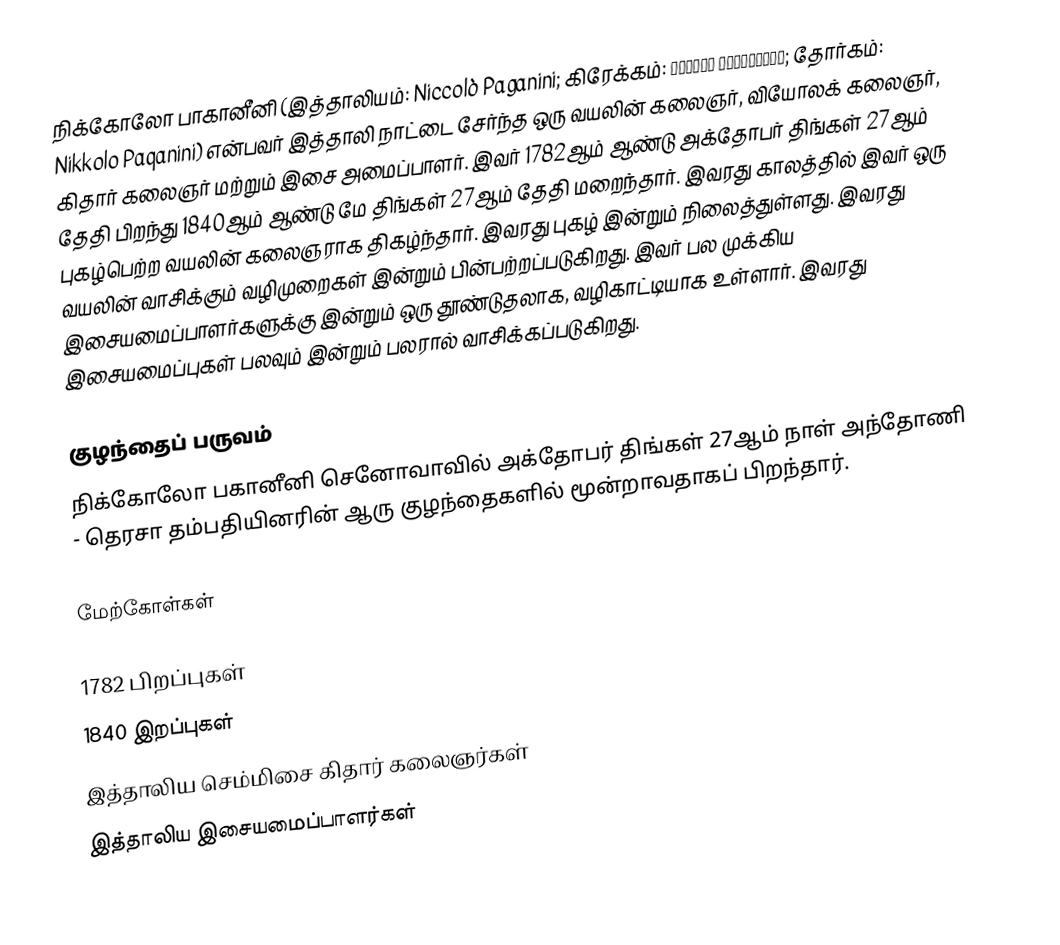
நிக்கோலோ பாகானீனி (இத்தாலியம்: Niccolò Paganini; கிரேக்கம்: Νικολό Παγκανίνι; தோர்கம்: Nikkolo Paqanini) என்பவர் இத்தாலி நாட்டை சேர்ந்த ஒரு வயலின் கலைஞர், வியோலக் கலைஞர், கிதார் கலைஞர் மற்றும் இசை அமைப்பாளர். இவர் 1782ஆம் ஆண்டு அக்தோபர் திங்கள் 27ஆம் தேதி பிறந்து 1840ஆம் ஆண்டு மே திங்கள் 27ஆம் தேதி மறைந்தார். இவரது காலத்தில் இவர் ஒரு புகழ்பெற்ற வயலின் கலைஞராக திகழ்ந்தார். இவரது புகழ் இன்றும் நிலைத்துள்ளது. இவரது வயலின் வாசிக்கும் வழிமுறைகள் இன்றும் பின்பற்றப்படுகிறது. இவர் பல முக்கிய இசையமைப்பாளர்களுக்கு இன்றும் ஒரு தூண்டுதலாக, வழிகாட்டியாக உள்ளார். இவரது இசையமைப்புகள் பலவும் இன்றும் பலரால் வாசிக்கப்படுகிறது.

குழந்தைப் பருவம்
நிக்கோலோ பகானீனி செனோவாவில் அக்தோபர் திங்கள் 27ஆம் நாள் அந்தோணி - தெரசா தம்பதியினரின் ஆரு குழந்தைகளில் மூன்றாவதாகப் பிறந்தார்.

மேற்கோள்கள்

1782 பிறப்புகள்
1840 இறப்புகள்
இத்தாலிய செம்மிசை கிதார் கலைஞர்கள்
இத்தாலிய இசையமைப்பாளர்கள்